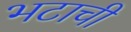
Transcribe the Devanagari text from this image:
भटाची